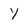
Character: Y